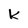
Character: k